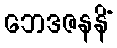
ဘေဒဇနနိံ